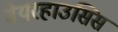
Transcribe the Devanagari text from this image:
वेयरहाउसिस